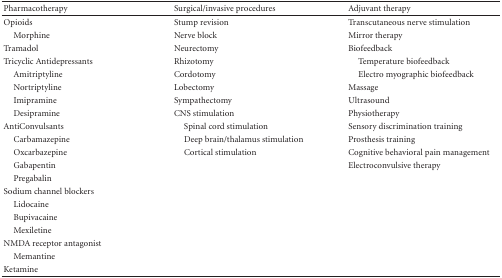
<table><thead><tr><td><b>Pharmacotherapy</b></td><td><b>Surgical/invasive procedures</b></td><td><b>Adjuvant therapy</b></td></tr></thead><tbody><tr><td>Opioids</td><td>Stump revision</td><td>Transcutaneous nerve stimulation</td></tr><tr><td> Morphine</td><td>Nerve block</td><td>Mirror therapy</td></tr><tr><td>Tramadol</td><td>Neurectomy</td><td>Biofeedback</td></tr><tr><td>Tricyclic Antidepressants</td><td>Rhizotomy</td><td> Temperature biofeedback</td></tr><tr><td> Amitriptyline</td><td>Cordotomy</td><td> Electro myographic biofeedback</td></tr><tr><td> Nortriptyline</td><td>Lobectomy</td><td>Massage</td></tr><tr><td> Imipramine</td><td>Sympathectomy</td><td>Ultrasound</td></tr><tr><td> Desipramine</td><td>CNS stimulation</td><td>Physiotherapy</td></tr><tr><td> AntiConvulsants</td><td> Spinal cord stimulation</td><td> Sensory discrimination training</td></tr><tr><td> Carbamazepine</td><td> Deep brain/thalamus stimulation</td><td>Prosthesis training</td></tr><tr><td> Oxcarbazepine</td><td> Cortical stimulation</td><td>Cognitive behavioral pain management</td></tr><tr><td> Gabapentin</td><td></td><td>Electroconvulsive therapy</td></tr><tr><td> Pregabalin</td><td></td><td></td></tr><tr><td>Sodium channel blockers</td><td></td><td></td></tr><tr><td> Lidocaine</td><td></td><td></td></tr><tr><td> Bupivacaine</td><td></td><td></td></tr><tr><td> Mexiletine</td><td></td><td></td></tr><tr><td>NMDA receptor antagonist</td><td></td><td></td></tr><tr><td> Memantine</td><td></td><td></td></tr><tr><td> Ketamine</td><td></td><td></td></tr></tbody></table>